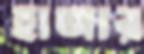
হাজার